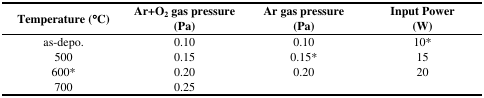
<table><thead><tr><td><b>Temperature (°C)</b></td><td><b>Ar+O<sub>2</sub> gas pressure (Pa)</b></td><td><b>Ar gas pressure (Pa)</b></td><td><b>Input Power (W)</b></td></tr></thead><tbody><tr><td>as-depo.</td><td>0.10</td><td>0.10</td><td>10*</td></tr><tr><td>500</td><td>0.15</td><td>0.15*</td><td>15</td></tr><tr><td>600*</td><td>0.20</td><td>0.20</td><td>20</td></tr><tr><td>700</td><td>0.25</td><td></td><td></td></tr></tbody></table>